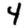
Digit: 4